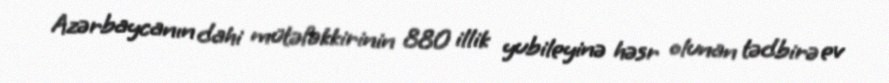
Azərbaycanın dahi mütəfəkkirinin 880 illik yubileyinə həsr olunan tədbirə ev